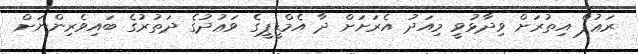
ރަޢުފް އިތުރަށް ވިދާޅުވީ މިއަދު އެރަށަށް ދާ އެމްޑީޕީގެ ވަޢުދުގެ ދަތުރުގެ ބައިވެރިންނަށް